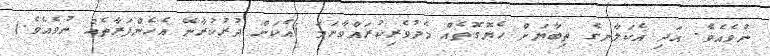
ނުވެއެވެ. އަދި އެކަލާނގެ ތިބާޔަށް ހެޔޮގޮތެއް މެދުވެރިކުރައްވާނަމަ (އެކަން ދުރުކުރާނޭ އެހެންފަރާތެއް ނުވެއެވެ.)